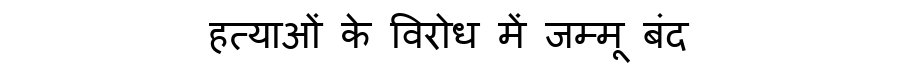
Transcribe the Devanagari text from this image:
हत्याओं के विरोध में जम्मू बंद